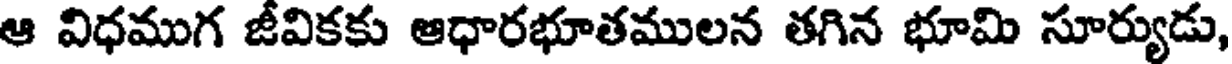
ఆ విధముగ జీవికకు ఆధారభూతములన తగిన భూమి సూర్యుడు,